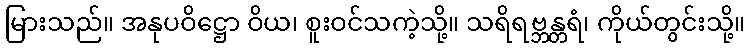
မြားသည်။ အနုပဝိဋ္ဌော ဝိယ၊ စူးဝင်သကဲ့သို့။ သရိရဗ္ဘန္တရံ၊ ကိုယ်တွင်းသို့။